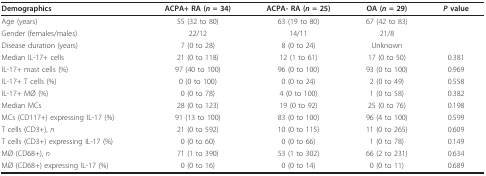
<table><thead><tr><td><b>Demographics</b></td><td><b>ACPA+ RA (<i>n </i>= 34)</b></td><td><b>ACPA- RA (<i>n </i>= 25)</b></td><td><b>OA (<i>n </i>= 29)</b></td><td><b><i>P </i>value</b></td></tr></thead><tbody><tr><td>Age (years)</td><td>55 (32 to 80)</td><td>63 (19 to 80)</td><td>67 (42 to 83)</td><td></td></tr><tr><td>Gender (females/males)</td><td>22/12</td><td>14/11</td><td>21/8</td><td></td></tr><tr><td>Disease duration (years)</td><td>7 (0 to 28)</td><td>8 (0 to 24)</td><td>Unknown</td><td></td></tr><tr><td>Median IL-17+ cells</td><td>21 (0 to 118)</td><td>12 (1 to 61)</td><td>17 (0 to 50)</td><td>0.381</td></tr><tr><td>IL-17+ mast cells (%)</td><td>97 (40 to 100)</td><td>96 (0 to 100)</td><td>93 (0 to 100)</td><td>0.969</td></tr><tr><td>IL-17+ T cells (%)</td><td>0 (0 to 100)</td><td>0 (0 to 24)</td><td>2 (0 to 49)</td><td>0.558</td></tr><tr><td>IL-17+ MØ (%)</td><td>0 (0 to 78)</td><td>4 (0 to 100)</td><td>1 (0 to 58)</td><td>0.382</td></tr><tr><td>Median MCs</td><td>28 (0 to 123)</td><td>19 (0 to 92)</td><td>25 (0 to 76)</td><td>0.198</td></tr><tr><td>MCs (CD117+) expressing IL-17 (%)</td><td>91 (13 to 100)</td><td>83 (0 to 100)</td><td>96 (4 to 100)</td><td>0.599</td></tr><tr><td>T cells (CD3+), <i>n</i></td><td>21 (0 to 592)</td><td>10 (0 to 115)</td><td>11 (0 to 265)</td><td>0.609</td></tr><tr><td>T cells (CD3+) expressing IL-17 (%)</td><td>0 (0 to 60)</td><td>0 (0 to 66)</td><td>1 (0 to 78)</td><td>0.149</td></tr><tr><td>MØ (CD68+), <i>n</i></td><td>71 (1 to 390)</td><td>53 (1 to 302)</td><td>66 (2 to 231)</td><td>0.634</td></tr><tr><td>MØ (CD68+) expressing IL-17 (%)</td><td>0 (0 to 16)</td><td>0 (0 to 14)</td><td>0 (0 to 11)</td><td>0.689</td></tr></tbody></table>